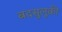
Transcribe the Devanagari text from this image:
बदसुलूकी